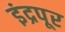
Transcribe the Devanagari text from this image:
इंद्रपूर